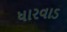
ધારવાડ